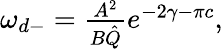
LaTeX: \begin{array}{r}{\omega_{d-}=\frac{A^{2}}{B\hat{Q}}e^{-2\gamma-\pi c},}\end{array}